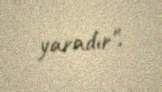
yaradır".